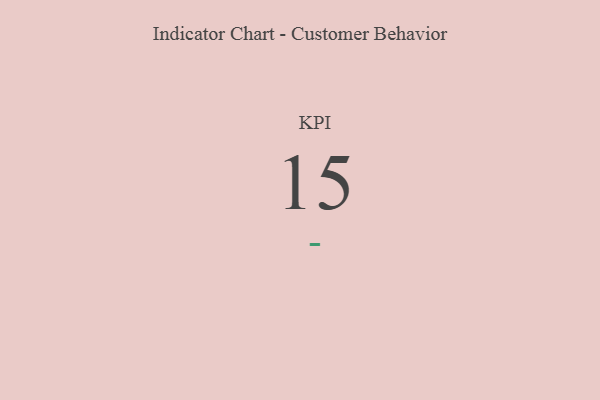
{"axis": {"x": "KPI", "y": "Value"}, "legend": [""], "data": [{"x": "KPI", "y": 15, "type": ""}]}